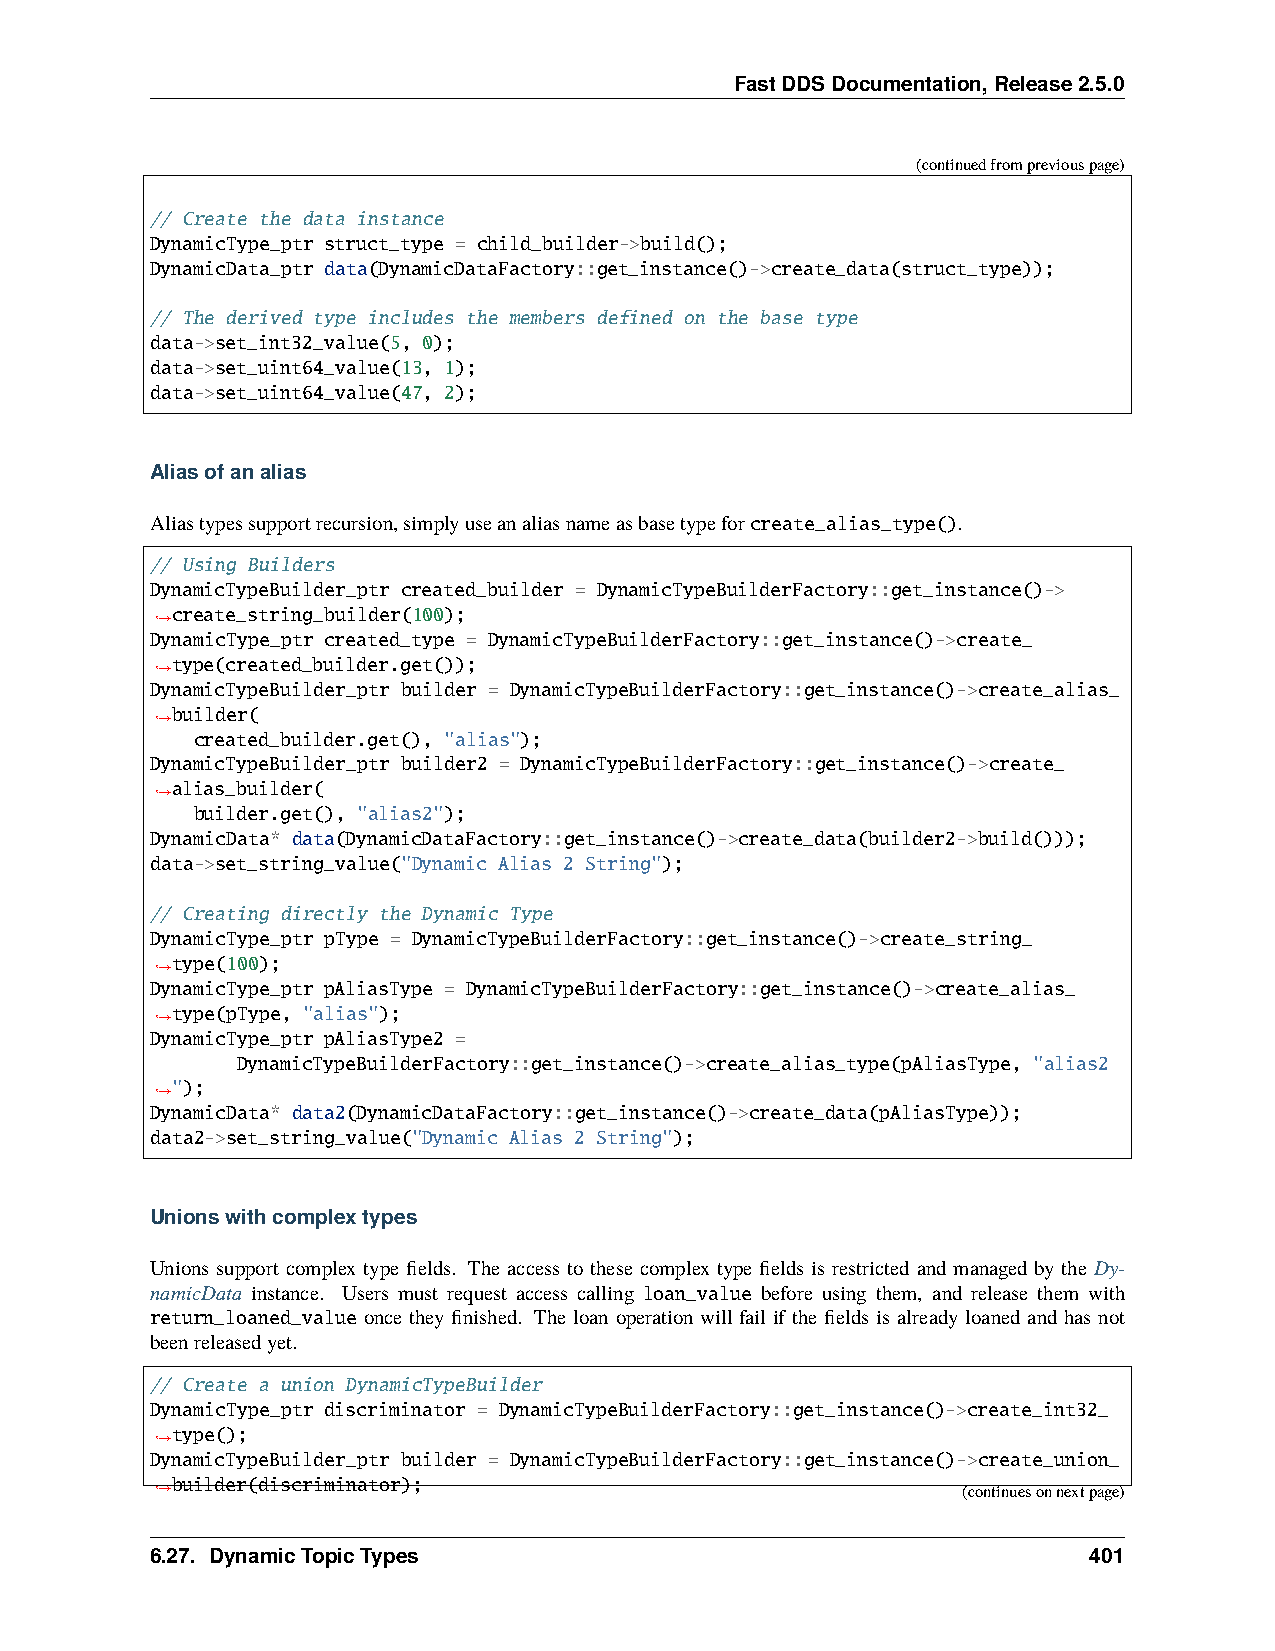
FastDDSDocumentation,Release2.5.0
 (continuedfrompreviouspage)
 // Create the data instance
 DynamicType_ptr struct_type = child_builder->build();
 DynamicData_ptr data(DynamicDataFactory::get_instance()->create_data(struct_type));
 // The derived type includes the members defined on the base type
 data->set_int32_value(5, 0);
 data->set_uint64_value(13, 1);
 data->set_uint64_value(47, 2);
 Aliasofanalias
 Aliastypessupportrecursion,simplyuseanaliasnameasbasetypeforcreate_alias_type().
 // Using Builders
 DynamicTypeBuilder_ptr created_builder = DynamicTypeBuilderFactory::get_instance()->
 create_string_builder(100);
 ˓→
 DynamicType_ptr created_type = DynamicTypeBuilderFactory::get_instance()->create_
 type(created_builder.get());
 ˓→
 DynamicTypeBuilder_ptr builder = DynamicTypeBuilderFactory::get_instance()->create_alias_
 builder(
 ˓→
 created_builder.get(), "alias");
 DynamicTypeBuilder_ptr builder2 = DynamicTypeBuilderFactory::get_instance()->create_
 alias_builder(
 ˓→
 builder.get(), "alias2");
 DynamicData* data(DynamicDataFactory::get_instance()->create_data(builder2->build()));
 data->set_string_value("Dynamic Alias 2 String");
 // Creating directly the Dynamic Type
 DynamicType_ptr pType = DynamicTypeBuilderFactory::get_instance()->create_string_
 type(100);
 ˓→
 DynamicType_ptr pAliasType = DynamicTypeBuilderFactory::get_instance()->create_alias_
 type(pType, "alias");
 ˓→
 DynamicType_ptr pAliasType2 =
 DynamicTypeBuilderFactory::get_instance()->create_alias_type(pAliasType, "alias2
 ");
 ˓→
 DynamicData* data2(DynamicDataFactory::get_instance()->create_data(pAliasType));
 data2->set_string_value("Dynamic Alias 2 String");
 Unionswithcomplextypes
 Unions support complex type fields. The access to these complex type fields is restricted and managed by the Dy-
 namicData instance. Users must request access calling loan_value before using them, and release them with
 return_loaned_value once they finished. The loan operation will fail if the fields is already loaned and has not
 beenreleasedyet.
 // Create a union DynamicTypeBuilder
 DynamicType_ptr discriminator = DynamicTypeBuilderFactory::get_instance()->create_int32_
 type();
 ˓→
 DynamicTypeBuilder_ptr builder = DynamicTypeBuilderFactory::get_instance()->create_union_
 builder(discriminator);
 ˓→                                                    (continuesonnextpage)
 6.27. DynamicTopicTypes                                       401